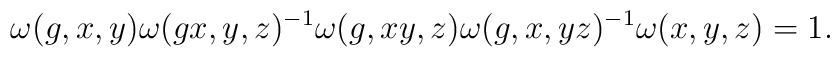
\omega(g,x,y)\omega(gx,y,z)^{-1}\omega(g,xy,z)\omega(g,x,yz)^{-1}\omega(x,y,z)=1 .